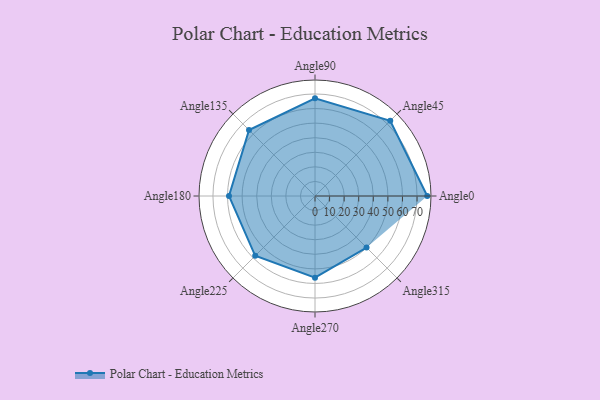
{"axis": {"x": "Angle", "y": "Radius"}, "legend": [""], "data": [{"x": "Angle0", "y": 77.0, "type": ""}, {"x": "Angle45", "y": 73.0, "type": ""}, {"x": "Angle90", "y": 67.0, "type": ""}, {"x": "Angle135", "y": 64.0, "type": ""}, {"x": "Angle180", "y": 59.0, "type": ""}, {"x": "Angle225", "y": 58.0, "type": ""}, {"x": "Angle270", "y": 56.0, "type": ""}, {"x": "Angle315", "y": 50, "type": ""}]}